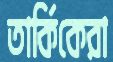
তার্কিকেরা